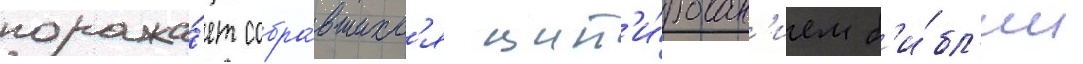
поража́ет собра́вшихс'я цит'и́рован'ием б'и́бл'ии